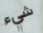
شيء